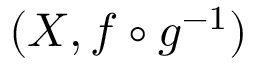
( X , f \circ g ^ { - 1 } )